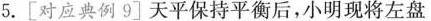
5.[对应典例9]天平保持平衡后，小明现将左盘